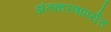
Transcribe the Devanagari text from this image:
अंतकरणापर्यंत